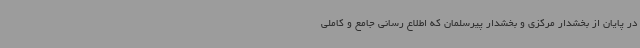
در پایان از بخشدار مرکزی و بخشدار پیرسلمان که اطلاع رسانی جامع و کاملی